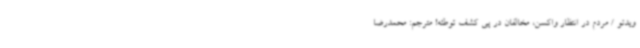
ویدئو / مردم در انتظار واکسن، مخالفان در پی کشف توطئه! مترجم: محمدرضا